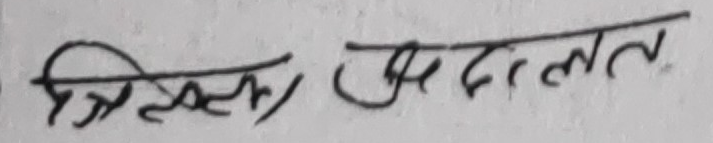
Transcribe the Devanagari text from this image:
मिलत (मृदालत